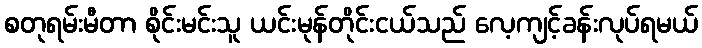
စတုရမ်းမီတာ စိုင်းမင်းသူ ယင်းမုန်တိုင်းငယ်သည် လေ့ကျင့်ခန်းလုပ်ရမယ်